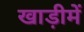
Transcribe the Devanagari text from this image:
खाड़ीमें